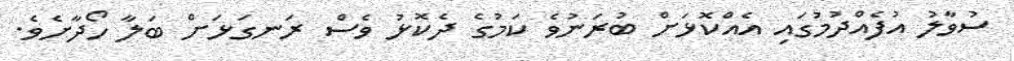
ސުވާލު އުފެއްދުމުގައި އެއްކޮޅަށް ބުރަނުވެ ކަމުގެ ދެކޮޅު ވެސް ރަނގަޅަށް ބަލާ ހޯދާށެވެ.